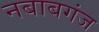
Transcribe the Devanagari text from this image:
नबाबगंज